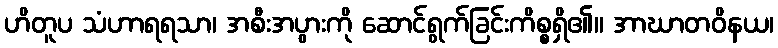
ဟိတူပ သံဟာရရသာ၊ အစီးအပွားကို ဆောင်ရွက်ခြင်းကိစ္စရှိ၏။ အာဃာတဝိနယ၊